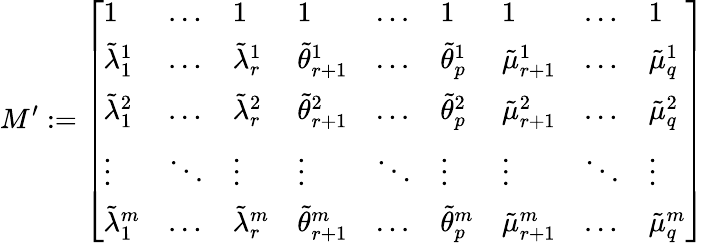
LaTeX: M^{\prime}:=\left[\begin{array}{lllllllll}{1}&{\dots}&{1}&{1}&{\dots}&{1}&{1}&{\dots}&{1}\\ {\tilde{\lambda}_{1}^{1}}&{\dots}&{\tilde{\lambda}_{r}^{1}}&{\tilde{\theta}_{r+1}^{1}}&{\dots}&{\tilde{\theta}_{p}^{1}}&{\tilde{\mu}_{r+1}^{1}}&{\dots}&{\tilde{\mu}_{q}^{1}}\\ {\tilde{\lambda}_{1}^{2}}&{\dots}&{\tilde{\lambda}_{r}^{2}}&{\tilde{\theta}_{r+1}^{2}}&{\dots}&{\tilde{\theta}_{p}^{2}}&{\tilde{\mu}_{r+1}^{2}}&{\dots}&{\tilde{\mu}_{q}^{2}}\\ {\vdots}&{\ddots}&{\vdots}&{\vdots}&{\ddots}&{\vdots}&{\vdots}&{\ddots}&{\vdots}\\ {\tilde{\lambda}_{1}^{m}}&{\dots}&{\tilde{\lambda}_{r}^{m}}&{\tilde{\theta}_{r+1}^{m}}&{\dots}&{\tilde{\theta}_{p}^{m}}&{\tilde{\mu}_{r+1}^{m}}&{\dots}&{\tilde{\mu}_{q}^{m}}\end{array}\right]